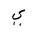
Letter: _ya